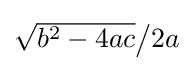
\textstyle {\sqrt {b^{2}-4ac}}{\big /}2a